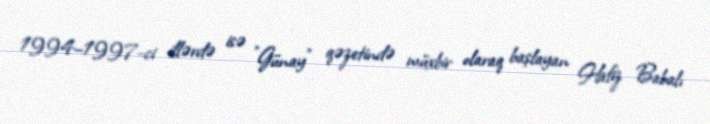
1994–1997-ci illərdə isə "Günay" qəzetində müxbir olaraq başlayan Hafiz Babalı